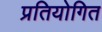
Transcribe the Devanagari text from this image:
प्रतियोगित